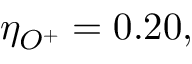
\eta _ { O ^ { + } } = 0 . 2 0 ,